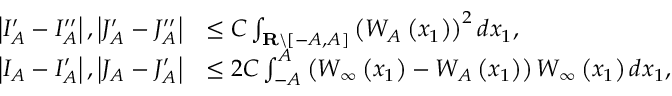
\begin{array} { r l } { \left| I _ { A } ^ { \prime } - I _ { A } ^ { \prime \prime } \right| , \left| J _ { A } ^ { \prime } - J _ { A } ^ { \prime \prime } \right| } & { \leq C \int _ { \mathbf { R } \backslash [ - A , A ] } \left( W _ { A } \left( x _ { 1 } \right) \right) ^ { 2 } d x _ { 1 } , } \\ { \left| I _ { A } - I _ { A } ^ { \prime } \right| , \left| J _ { A } - J _ { A } ^ { \prime } \right| } & { \leq 2 C \int _ { - A } ^ { A } \left( W _ { \infty } \left( x _ { 1 } \right) - W _ { A } \left( x _ { 1 } \right) \right) W _ { \infty } \left( x _ { 1 } \right) d x _ { 1 } , } \end{array}